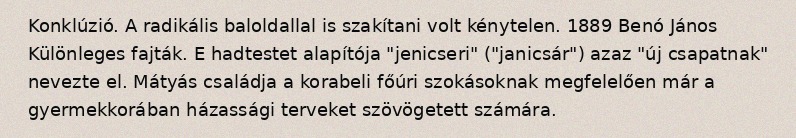
Konklúzió. A radikális baloldallal is szakítani volt kénytelen. 1889 Benó János Különleges fajták. E hadtestet alapítója "jenicseri" ("janicsár") azaz "új csapatnak" nevezte el. Mátyás családja a korabeli főúri szokásoknak megfelelően már a gyermekkorában házassági terveket szövögetett számára.